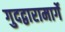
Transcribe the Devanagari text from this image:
गुदद्वारामार्गे